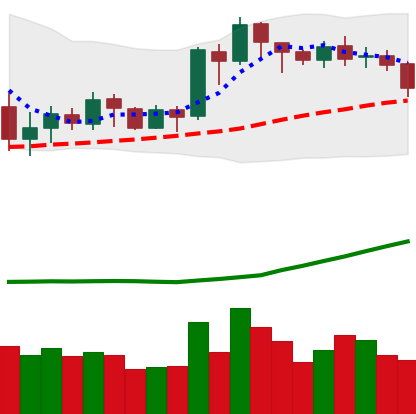
Ticker: ETH-USD
Chart end date: 2020-07-16
Forward return: 4.869%
Label: up_3_5